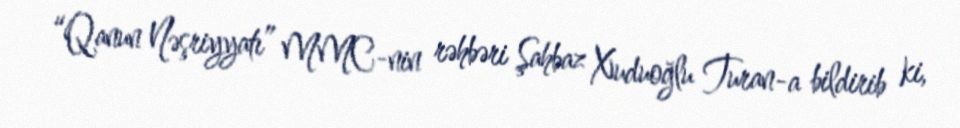
“Qanun Nəşriyyatı” MMC-nin rəhbəri Şahbaz Xuduoğlu Turan-a bildirib ki,